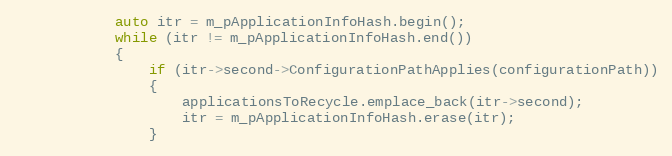
Language: C++
            auto itr = m_pApplicationInfoHash.begin();
            while (itr != m_pApplicationInfoHash.end())
            {
                if (itr->second->ConfigurationPathApplies(configurationPath))
                {
                    applicationsToRecycle.emplace_back(itr->second);
                    itr = m_pApplicationInfoHash.erase(itr);
                }